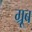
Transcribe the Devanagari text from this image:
ग्रूब